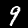
Digit: 9